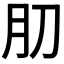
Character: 𰮁